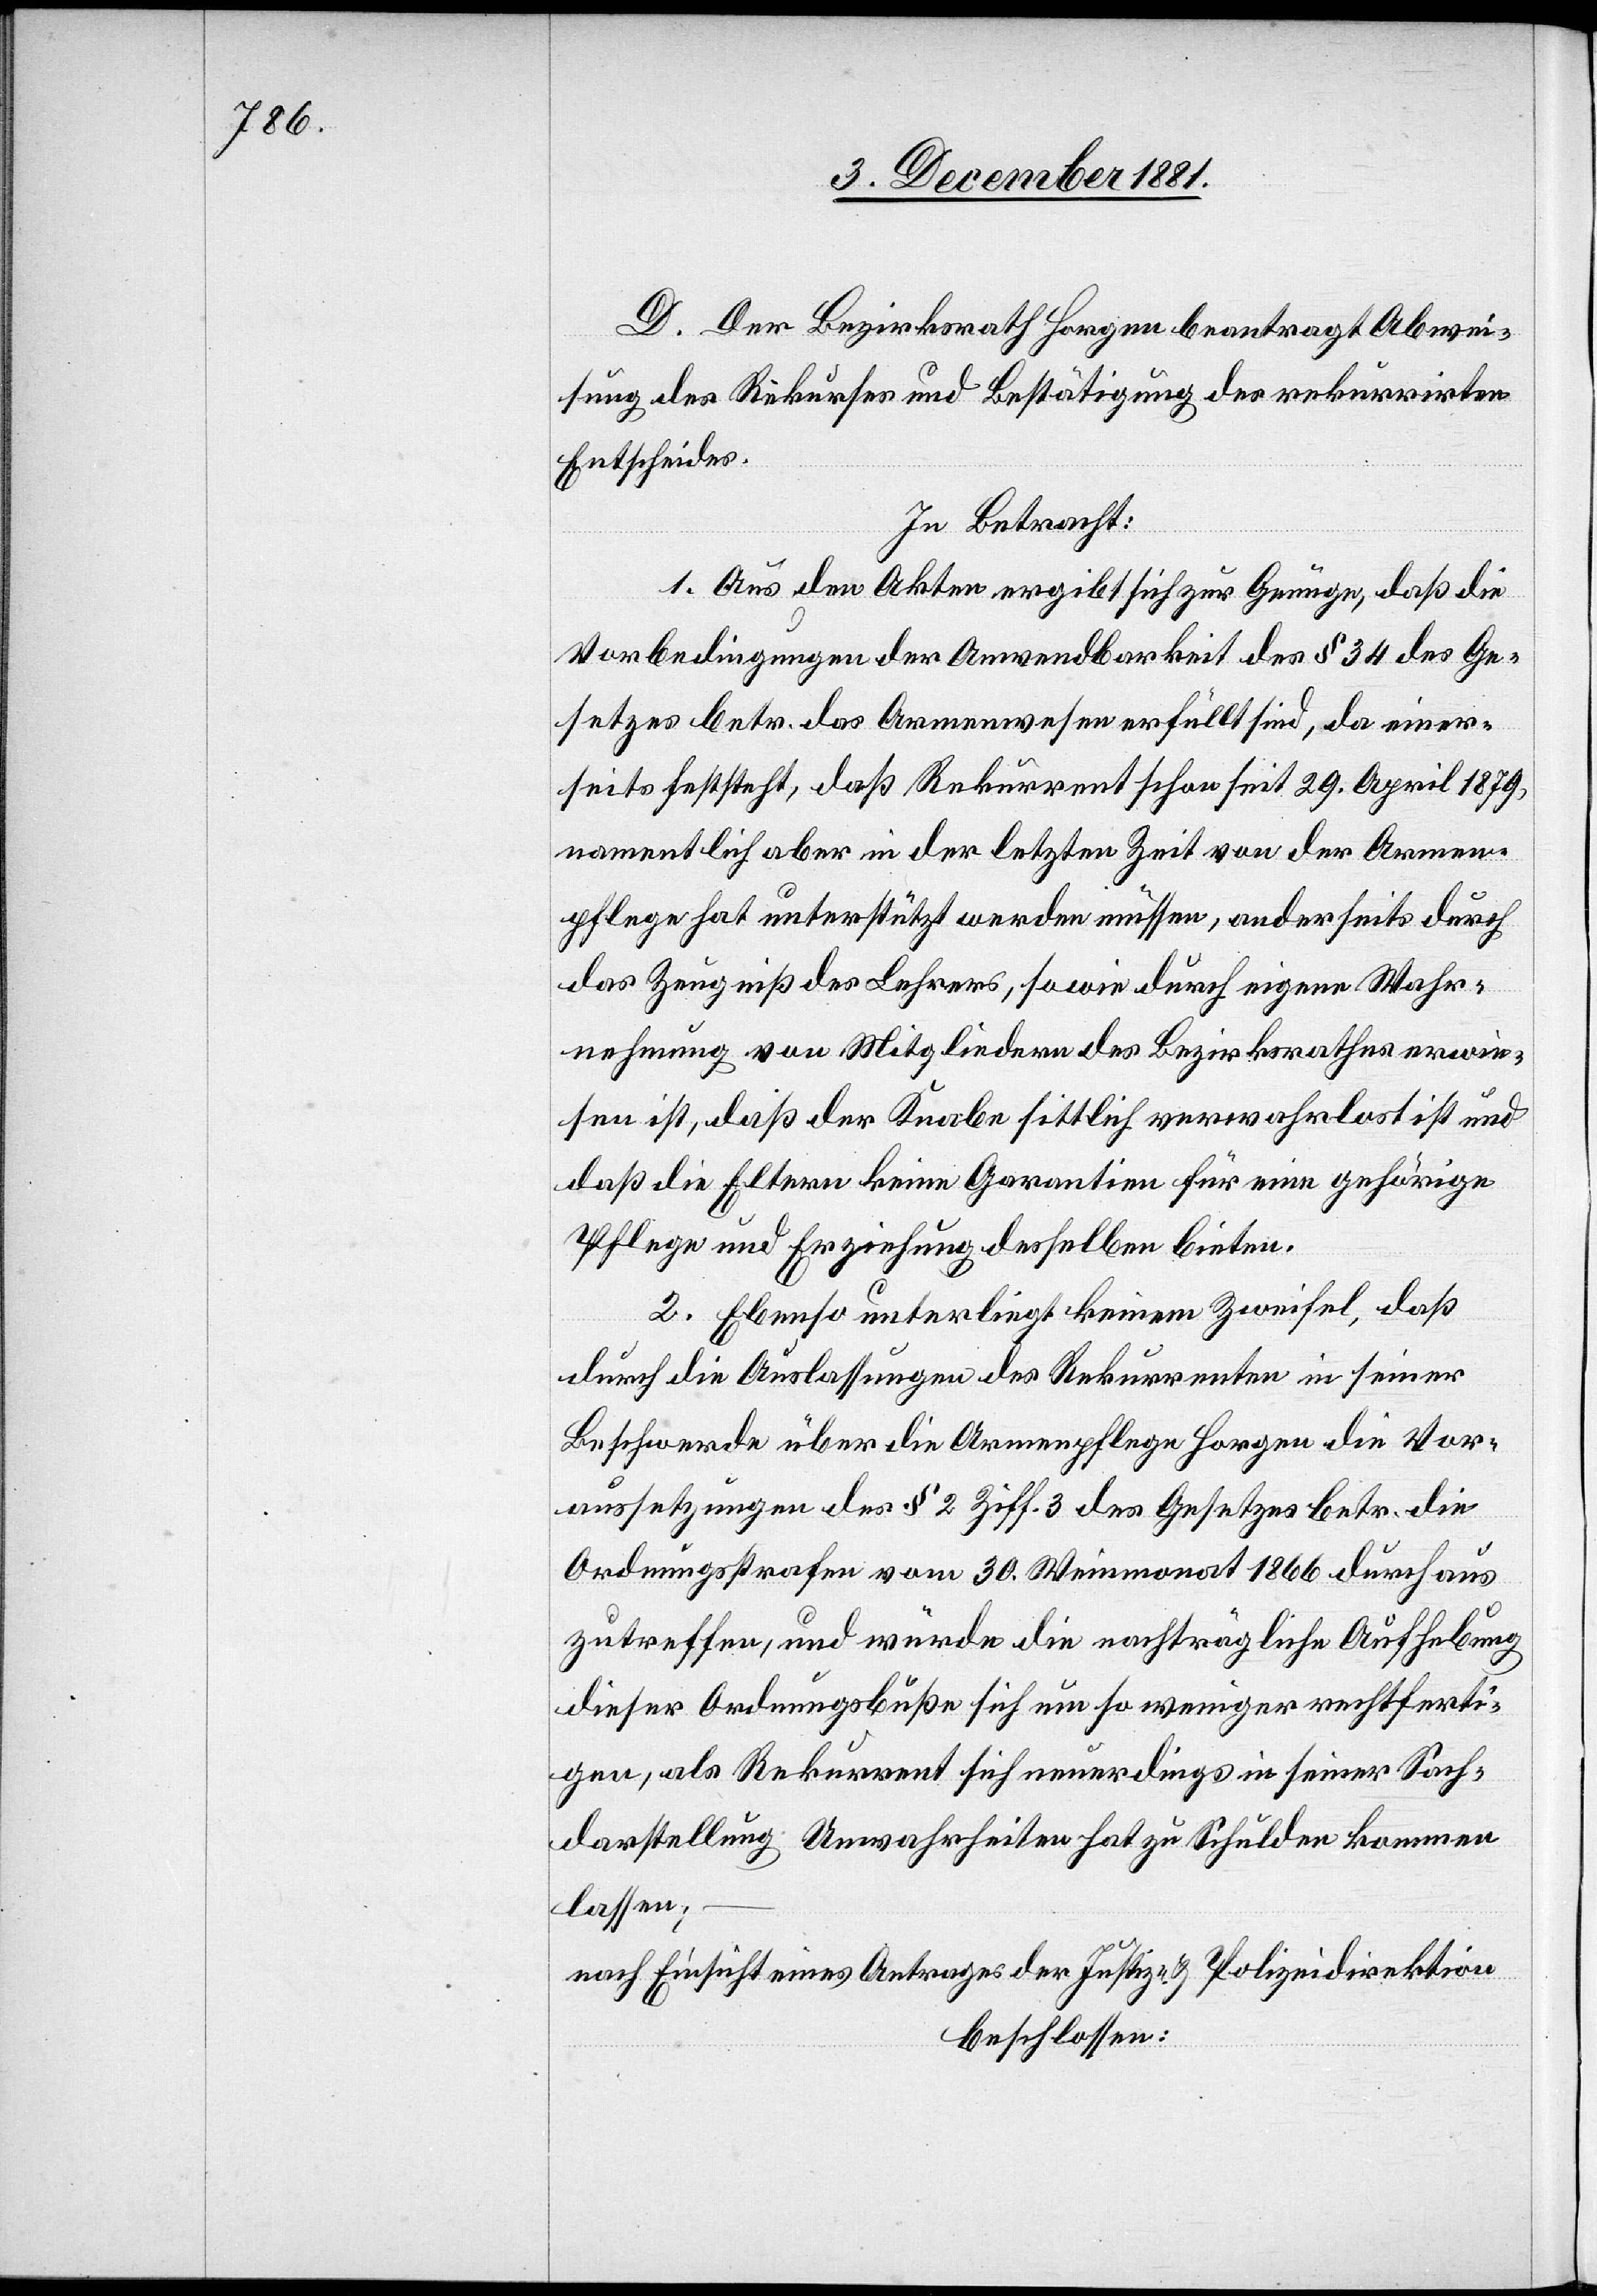
C. Der Bezirksrath Horgen beantragt Abwei¬
sung des Rekurses und Bestätigung des rekurrirten
Entscheides.
In Betracht:
1. Aus den Akten ergibt sich zur Genüge, daß die
Vorbedingungen der Anwendbarkeit des § 34 des Ge¬
setzes betr. das Armenwesen erfüllt sind, da einer¬
seits feststeht, daß Rekurrent schon seit 29. April 1879,
namentlich aber in der letzten Zeit von der Armen¬
pflege hat unterstützt werden müssen, anderseits durch
das Zeugniß des Lehrers, sowie durch eigene Wahr¬
nehmung von Mitgliedern des Bezirksrathes erwie¬
sen ist, daß der Knabe sittlich verwahrlost ist und
daß die Eltern keine Garantien für eine gehörige
Pflege und Erziehung desselben bieten.
2. Ebenso unterliegt keinem Zweifel, daß
durch die Aulassungen des Rekurrenten in seiner
Beschwerde über die Armenpflege Horgen die Vor¬
aussetzungen des § 2 Ziff. 3 des Gesetzes betr. die
Ordnungsstrafen vom 30. Weinmonat 1866 durchaus
zutreffen, und würde die nachträgliche Aufhebung
dieser Ordnungsbuße sich um so weniger rechtferti¬
gen, als Rekurrent sich neuerdings in seiner Sach¬
darstellung Unwahrheiten hat zu Schulden kommen
lassen;
nach Einsicht eines Antrages der Justiz- & Polizeidirektion,
beschlossen: